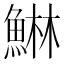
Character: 𱆴